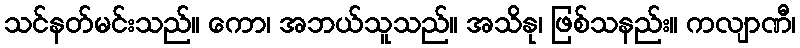
သင်နတ်မင်းသည်။ ကော၊ အဘယ်သူသည်။ အသိနု၊ ဖြစ်သနည်း။ ကလျာဏီ၊